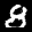
Label: 8